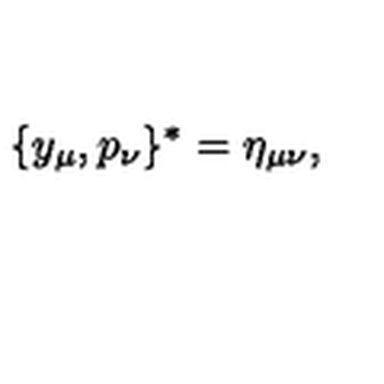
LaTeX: \{ y _ { \mu } , p _ { \nu } \} ^ { * } = \eta _ { \mu \nu } ,